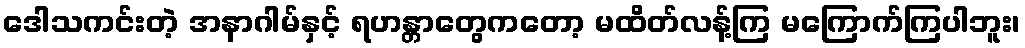
ဒေါသကင်းတဲ့ အနာဂါမ်နှင့် ရဟန္တာတွေကတော့ မထိတ်လန့်ကြ မကြောက်ကြပါဘူး၊